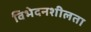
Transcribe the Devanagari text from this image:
विभेदनशीलता